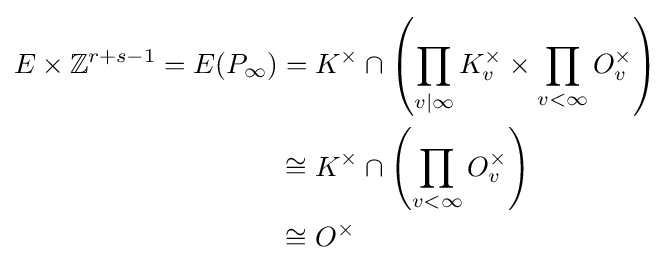
{\begin{aligned}E\times \mathbb {Z} ^{r+s-1}=E(P_{\infty })&=K^{\times }\cap \left(\prod _{v|\infty }K_{v}^{\times }\times \prod _{v<\infty }O_{v}^{\times }\right)\\&\cong K^{\times }\cap \left(\prod _{v<\infty }O_{v}^{\times }\right)\\&\cong O^{\times }\end{aligned}}